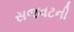
સજવટની